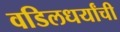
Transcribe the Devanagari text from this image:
वडिलधर्यांची